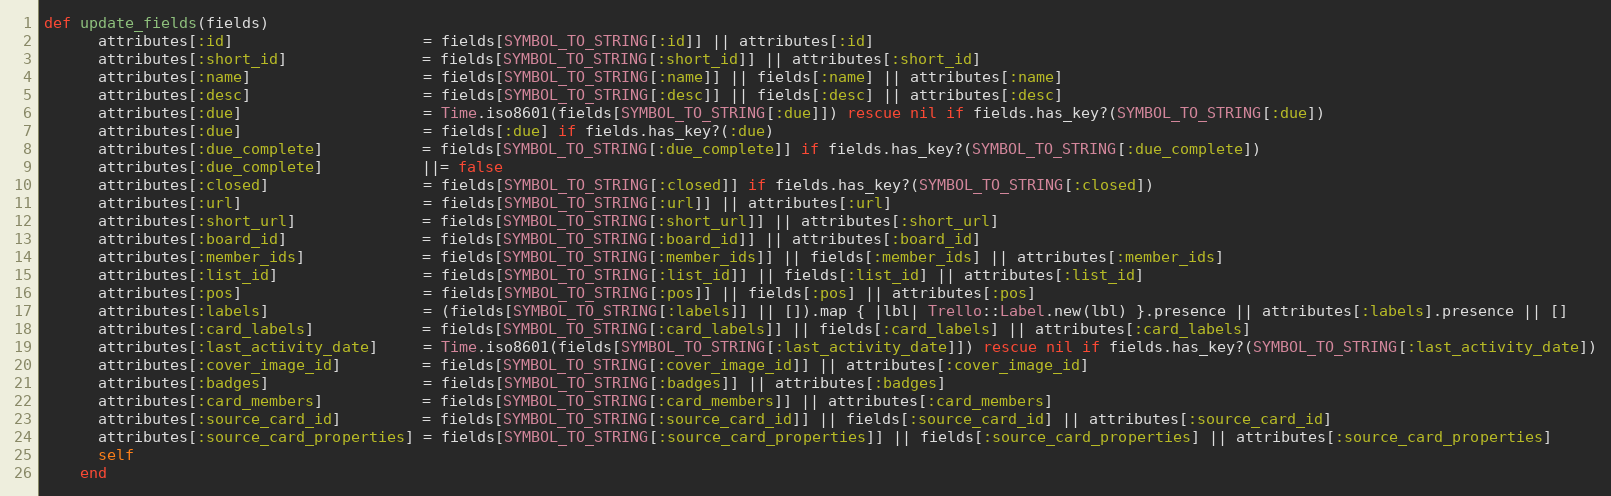
Language: Ruby
def update_fields(fields)
      attributes[:id]                     = fields[SYMBOL_TO_STRING[:id]] || attributes[:id]
      attributes[:short_id]               = fields[SYMBOL_TO_STRING[:short_id]] || attributes[:short_id]
      attributes[:name]                   = fields[SYMBOL_TO_STRING[:name]] || fields[:name] || attributes[:name]
      attributes[:desc]                   = fields[SYMBOL_TO_STRING[:desc]] || fields[:desc] || attributes[:desc]
      attributes[:due]                    = Time.iso8601(fields[SYMBOL_TO_STRING[:due]]) rescue nil if fields.has_key?(SYMBOL_TO_STRING[:due])
      attributes[:due]                    = fields[:due] if fields.has_key?(:due)
      attributes[:due_complete]           = fields[SYMBOL_TO_STRING[:due_complete]] if fields.has_key?(SYMBOL_TO_STRING[:due_complete])
      attributes[:due_complete]           ||= false
      attributes[:closed]                 = fields[SYMBOL_TO_STRING[:closed]] if fields.has_key?(SYMBOL_TO_STRING[:closed])
      attributes[:url]                    = fields[SYMBOL_TO_STRING[:url]] || attributes[:url]
      attributes[:short_url]              = fields[SYMBOL_TO_STRING[:short_url]] || attributes[:short_url]
      attributes[:board_id]               = fields[SYMBOL_TO_STRING[:board_id]] || attributes[:board_id]
      attributes[:member_ids]             = fields[SYMBOL_TO_STRING[:member_ids]] || fields[:member_ids] || attributes[:member_ids]
      attributes[:list_id]                = fields[SYMBOL_TO_STRING[:list_id]] || fields[:list_id] || attributes[:list_id]
      attributes[:pos]                    = fields[SYMBOL_TO_STRING[:pos]] || fields[:pos] || attributes[:pos]
      attributes[:labels]                 = (fields[SYMBOL_TO_STRING[:labels]] || []).map { |lbl| Trello::Label.new(lbl) }.presence || attributes[:labels].presence || []
      attributes[:card_labels]            = fields[SYMBOL_TO_STRING[:card_labels]] || fields[:card_labels] || attributes[:card_labels]
      attributes[:last_activity_date]     = Time.iso8601(fields[SYMBOL_TO_STRING[:last_activity_date]]) rescue nil if fields.has_key?(SYMBOL_TO_STRING[:last_activity_date])
      attributes[:cover_image_id]         = fields[SYMBOL_TO_STRING[:cover_image_id]] || attributes[:cover_image_id]
      attributes[:badges]                 = fields[SYMBOL_TO_STRING[:badges]] || attributes[:badges]
      attributes[:card_members]           = fields[SYMBOL_TO_STRING[:card_members]] || attributes[:card_members]
      attributes[:source_card_id]         = fields[SYMBOL_TO_STRING[:source_card_id]] || fields[:source_card_id] || attributes[:source_card_id]
      attributes[:source_card_properties] = fields[SYMBOL_TO_STRING[:source_card_properties]] || fields[:source_card_properties] || attributes[:source_card_properties]
      self
    end